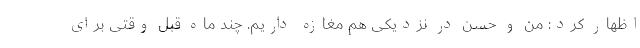
اظهار کرد: من و حسن در نزدیکی هم مغازه داریم. چند ماه قبل وقتی برای